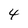
Character: 4